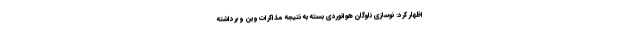
اظهار کرد: نوسازی ناوگان هوانوردی بسته به نتیجه مذاکرات وین و برداشته